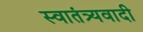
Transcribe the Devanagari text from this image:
स्वातंत्र्यवादी